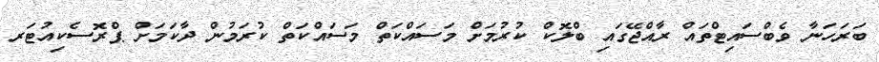
ބަރަހަނާ ވެބްސައިޓްތައް ރާއްޖޭގައި ބްލޮކް ކުރުމަށް މަސައްކަތް މަސައްކަތް ކުރަމުން ދާކަމަށް ޕްރޮސެކިއުޓަރ